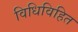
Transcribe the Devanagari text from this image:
विधिविहित